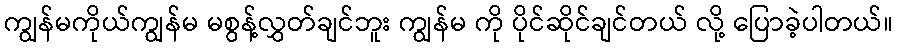
ကျွန်မကိုယ်ကျွန်မ မစွန့်လွှတ်ချင်ဘူး ကျွန်မ ကို ပိုင်ဆိုင်ချင်တယ် လို့ ပြောခဲ့ပါတယ်။